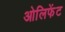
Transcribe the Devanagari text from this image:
ओलिफेंट